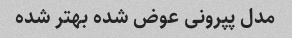
مدل پپرونی عوض شده بهتر شده